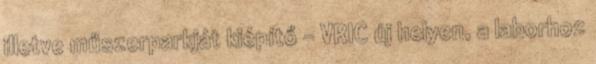
illetve műszerparkját kiépítő - VRIC új helyen, a laborhoz